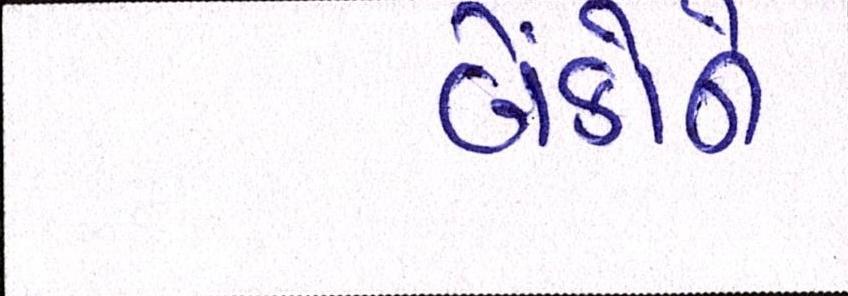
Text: બેંકોને